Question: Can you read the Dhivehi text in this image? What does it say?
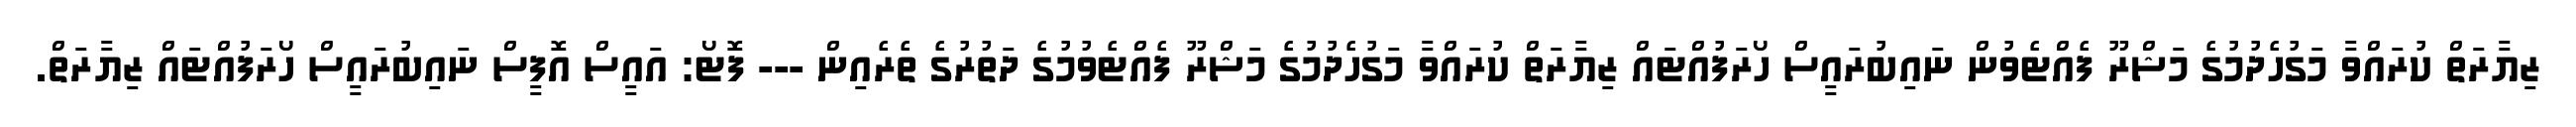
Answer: ޒިޔާރަތް ކުރައްވާ މަގުހެދުމުގެ މަޝްރޫ ފެއްޓެވުން ނައިބުރައީސް ހޯރަފުއްޓައް ޒިޔާރަތް ކުރައްވާ މަގުހެދުމުގެ މަޝްރޫ ފެއްޓެވުމުގެ ދަތުރުގެ ތެރެއިން --- ފޮޓޯ: އައީސް އޮފީސް ނައިބުރައީސް ހޯރަފުއްޓައް ޒިޔާރަތް.